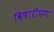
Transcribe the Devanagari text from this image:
विषारीपण